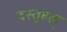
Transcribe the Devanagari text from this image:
दस्तूहल्